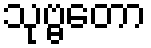
သုဗ္ဗတော